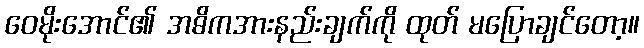
ဝေမိုးအောင်၏ အဓိကအားနည်းချက်ကို ထုတ် မပြောချင်တော့။